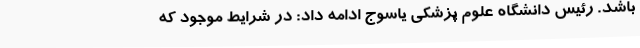
باشد. رئیس دانشگاه علوم پزشکی یاسوج ادامه داد: در شرایط موجود که